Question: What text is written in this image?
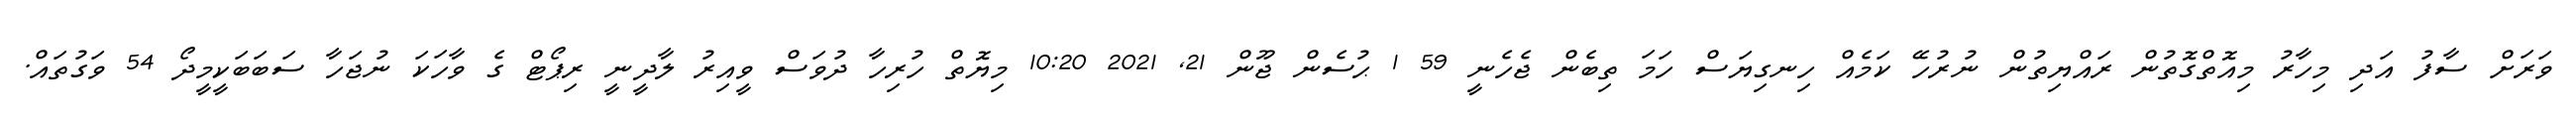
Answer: ވަރަށް ސާފު އަދި މިހާރު މިއޮތްގޮތުން ރައްޔިތުން ނުރުހޭ ކަމެއް ހިނގިޔަސް ހަމަ ތިބެން ޖެހެނީ 59 1 ޙުސެން ޖޫން 21, 2021 10:20 މިޔޮތް ހުރިހާ ދުވަސް ވީއިރު ލާދީނީ ރިޕޯޓް ގެ ވާހަކަ ނުޖަހާ ސަބަބަކީމީދޯ 54 ވަގުތައް.